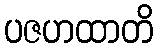
ပဇဟထာတိ